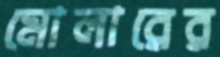
মোলারের